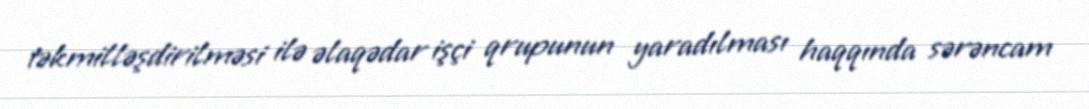
təkmilləşdirilməsi ilə əlaqədar işçi qrupunun yaradılması haqqında sərəncam